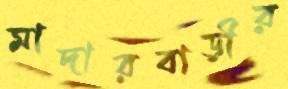
মাদারবাড়ীর